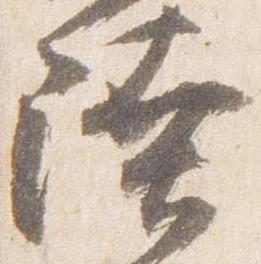
陸